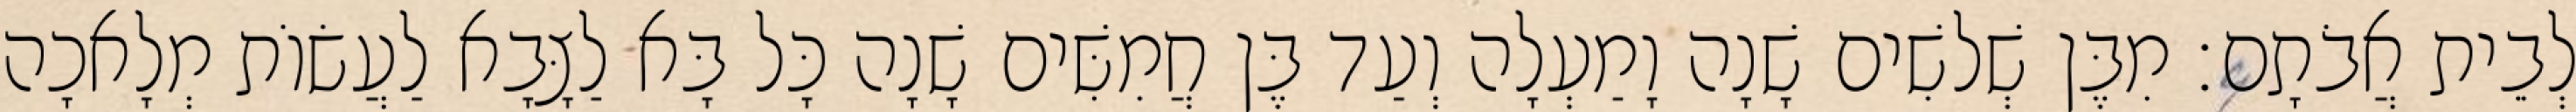
לְבֵית אֲבֹתָם׃ מִבֶּן שְׁלשִׁים שָׁנָה וָמַעְלָה וְעַד בֶּן חֲמִשִּׁים שָׁנָה כָּל בָּא לַצָּבָא לַעֲשׂוֹת מְלָאכָה